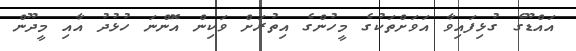
އައްޑޫގެ ގުޅިފައިވާ އަވަށްތަކުގެ މީހުންގެ އިތުރަށް ވަކިން އޮންނަ ހުޅުދު އާއި މީދޫން